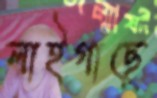
লাইগাছে